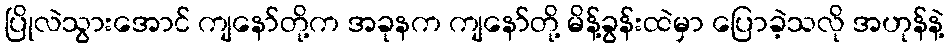
ပြိုလဲသွားအောင် ကျနော်တို့က အခုနက ကျနော်တို့ မိန့်ခွန်းထဲမှာ ပြောခဲ့သလို အဟုန်နဲ့